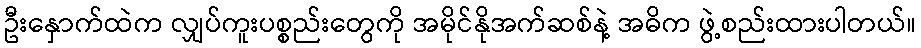
ဦးနှောက်ထဲက လျှပ်ကူးပစ္စည်းတွေကို အမိုင်နိုအက်ဆစ်နဲ့ အဓိက ဖွဲ့စည်းထားပါတယ်။